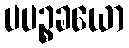
ပပဉ္စခယော